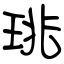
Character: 珧